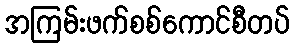
အကြမ်းဖက်စစ်ကောင်စီတပ်